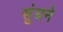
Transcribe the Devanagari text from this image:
सुंघने